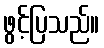
ဖွင့်ပြသည်။